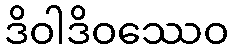
ဒိဝါဒိဝဿေဝ